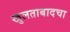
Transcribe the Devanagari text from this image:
खुलताबादचा